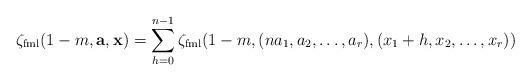
LaTeX: \begin{align*} \zeta_{\mathrm{fml}}(1-m,\mathbf a,\mathbf x)=\sum_{h=0}^{n-1} \zeta_{\mathrm{fml}}(1-m,(na_1,a_2,\dots,a_r),(x_1+h,x_2,\dots,x_r))\end{align*}